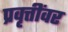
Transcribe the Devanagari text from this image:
प्रवृत्तींवर